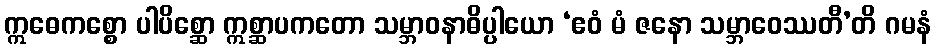
ဣဓေကစ္စော ပါပိစ္ဆော ဣစ္ဆာပကတော သမ္ဘာဝနာဓိပ္ပါယော ‘ဧဝံ မံ ဇနော သမ္ဘာဝေဿတီ’တိ ဂမနံ